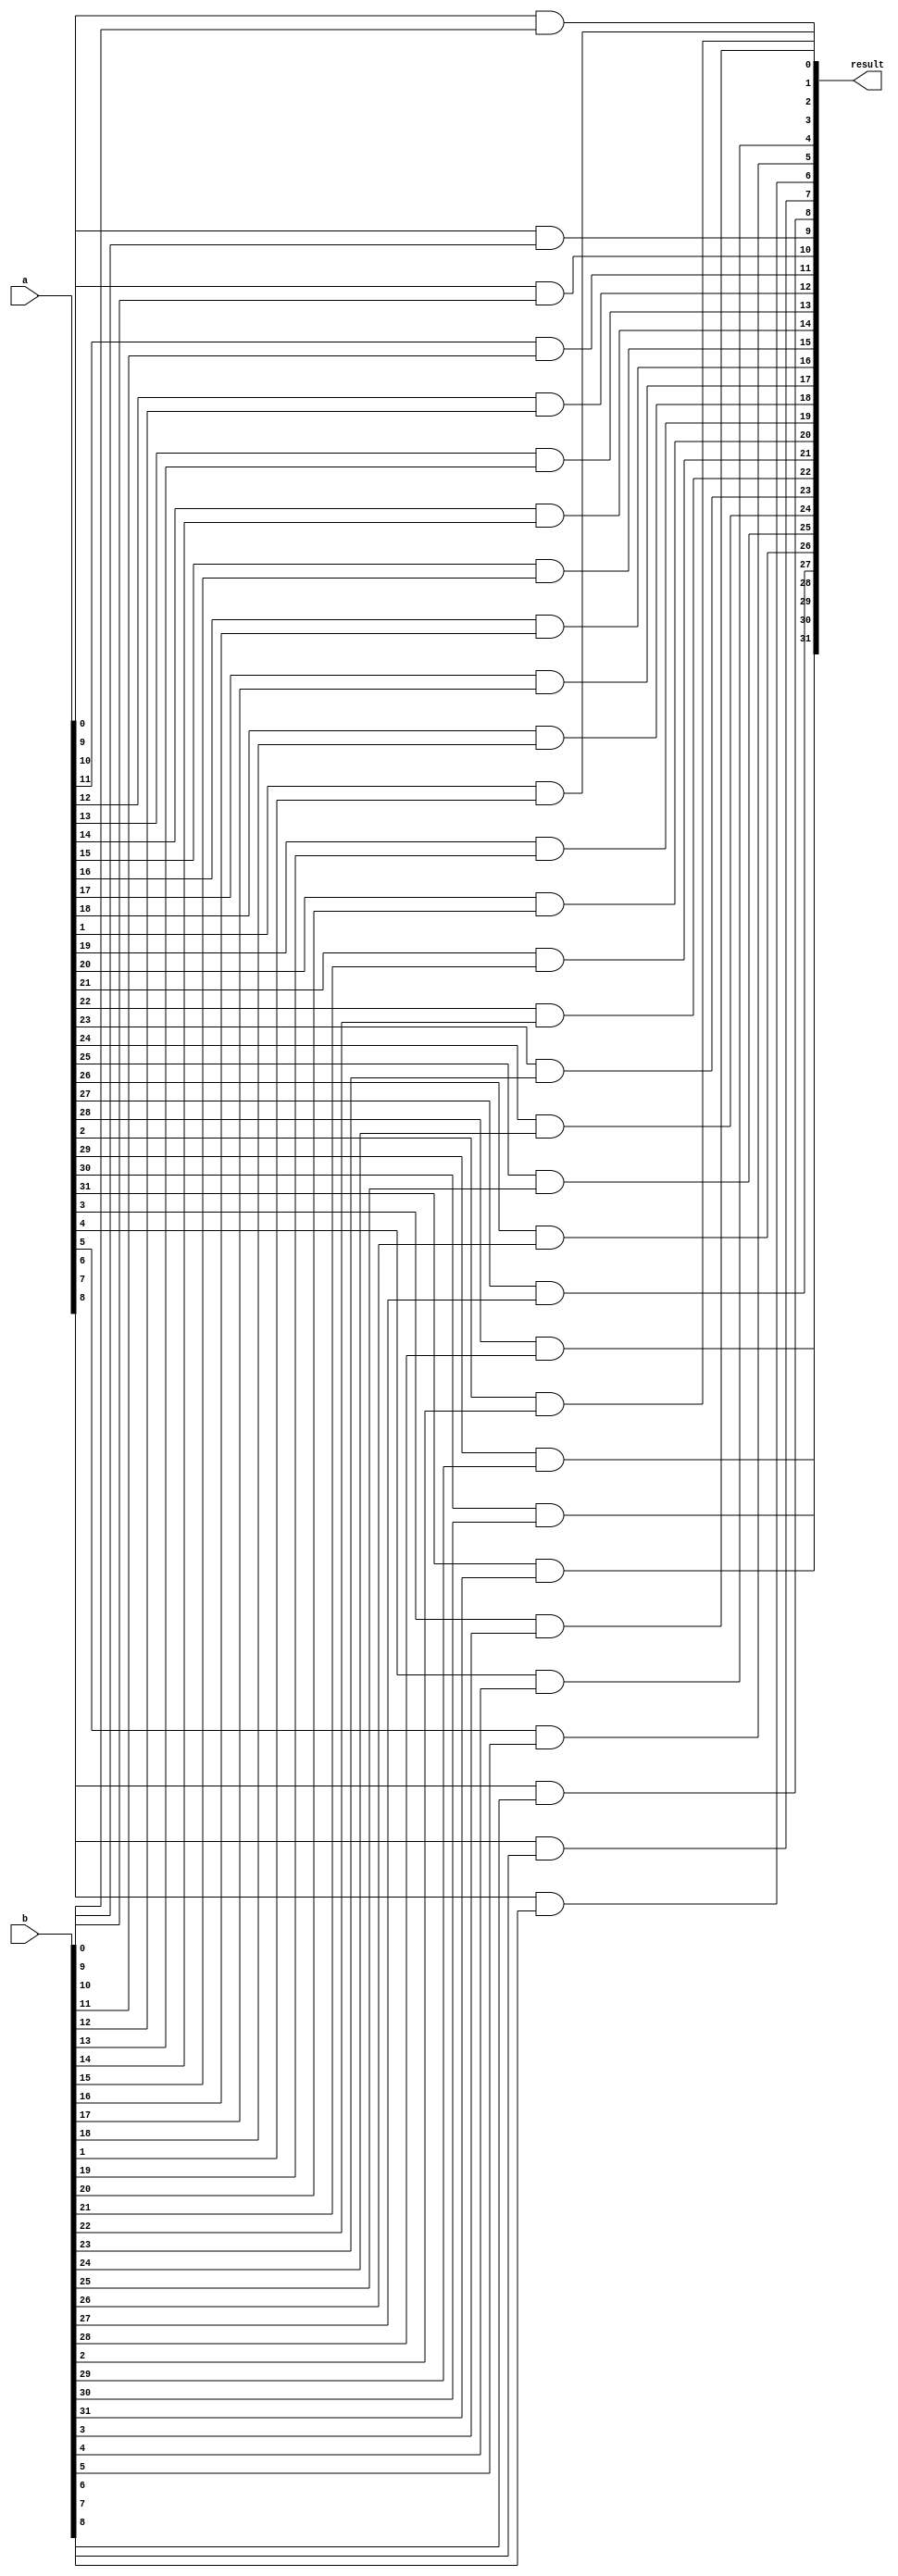
module and_op(a,b,result);
   input [31:0] a, b;
   output [31:0] result;
	
   genvar i;
   generate
      for (i = 0; i < 32; i = i+1)
      begin : and_a_b
         and a1(result[i], a[i], b[i]);
      end
   endgenerate
	
endmodule